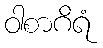
ဝါစာဂိရံ